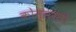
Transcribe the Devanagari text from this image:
कोन्सरतो